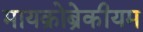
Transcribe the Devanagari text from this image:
मायक्रोब्रेकीयम